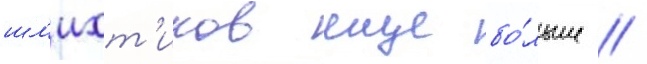
шл'ихт'иков еще бо́льше //